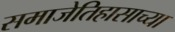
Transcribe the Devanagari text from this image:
समाजेतिहासाच्या